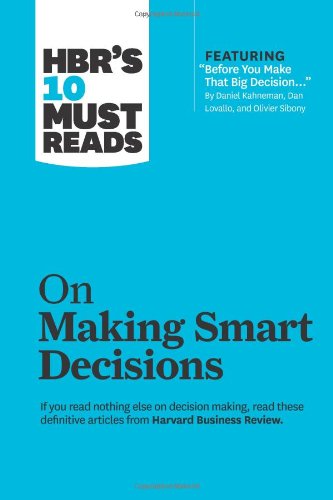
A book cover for HBR's 10 Must Reads on Making Smart Decisions (with featured article EEBefore You Make That Big DecisionE¦EE by Daniel Kahneman, Dan Lovallo, and Olivier Sibony); Harvard Business Review; Business & Money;